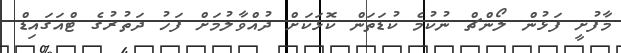
މާފުށީ ފަޅުން ލޯންޗް ނުކުމެ ކުޑަތަން ކޮޅަކަށް ދުއްވާލުމަށް ފަހު ދަތުރުގެ ޓްއަގައިޑް